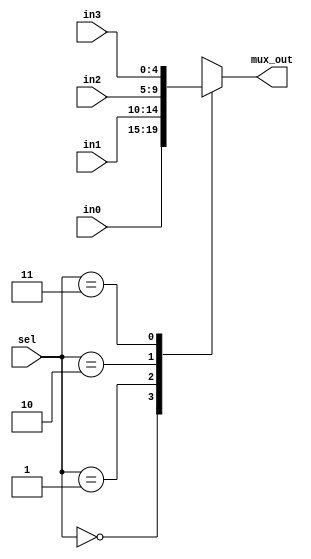
module multiplexor4x1 #(
   parameter Width = 5 // Address Parameter 
)
 ( 
     // Define Inputs
    input wire [Width-1:0] in0 , in1,in2,in3,
    input wire [1:0]sel,
    output reg [Width-1:0] mux_out  // Define Output
);
    
always @(*) begin
    case (sel)
       2'b00 :mux_out=in0;
       2'b01 :mux_out=in1;
       2'b10 :mux_out=in2;
       2'b11 :mux_out=in3;
        default:mux_out=in0;
    endcase
end
endmodule